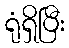
ရုံရှိပြီး